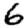
Digit: 6